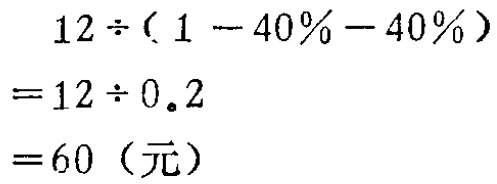
\[

\begin{align*}

&12\div(1 - 40\% - 40\%)\\

=&12\div0.2\\

=&60（元）

\end{align*}

\]